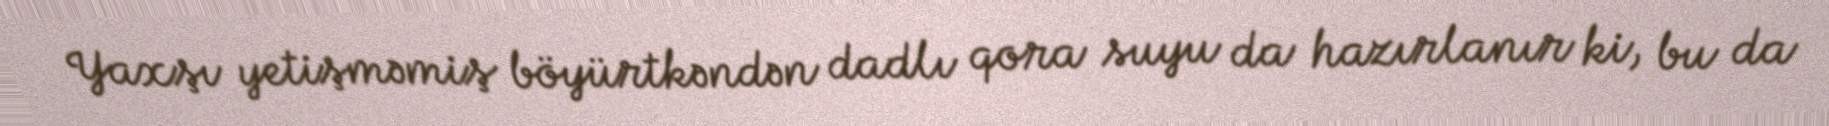
Yaxşı yetişməmiş böyürtkəndən dadlı qora suyu da hazırlanır ki, bu da